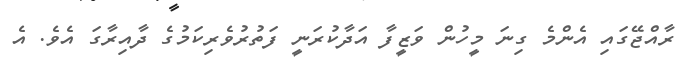
ރާއްޖޭގައި އެންމެ ގިނަ މީހުން ވަޒީފާ އަދާކުރަނީ ފަތުރުވެރިކަމުގެ ދާއިރާގަ އެވެ. އެ